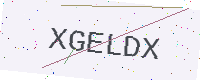
Text: XGELDX